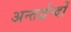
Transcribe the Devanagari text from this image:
अन्तर्द्वन्दों